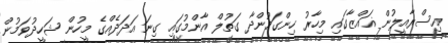
އިސްރާއީލުން ޣައްޒާގައި މިހާރު ހިންގަމުންދާ ގަތުލް އާންމުގައި ގިނަ އަދަދެއްގެ މީހުން ޝަހީދުވަމުން